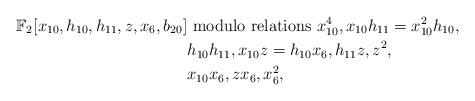
LaTeX: \begin{align*} \mathbb{F}_2[x_{10},h_{10},h_{11},z,x_6,b_{20}] &\mbox{\ modulo relations\ } x_{10}^4,x_{10}h_{11}=x_{10}^2h_{10}, \\ & h_{10}h_{11},x_{10}z = h_{10}x_6, h_{11}z,z^2, \\ & x_{10}x_6, zx_6,x_6^2,\end{align*}